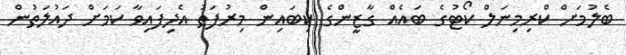
ބެލުމަށް ކްރިމިނަލް ކޯޓުގެ ބައެއް ގާޒީންގެ ކިބައިން މިރުފަތު އެދިފައިވާ ކަމަށް ދައުލަތުން